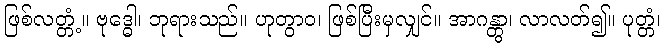
ဖြစ်လတ္တံ့။ ဗုဒ္ဓေါ၊ ဘုရားသည်။ ဟုတွာဝ၊ ဖြစ်ပြီးမှလျှင်။ အာဂန္တွာ၊ လာလတ်၍။ ပုတ္တံ၊